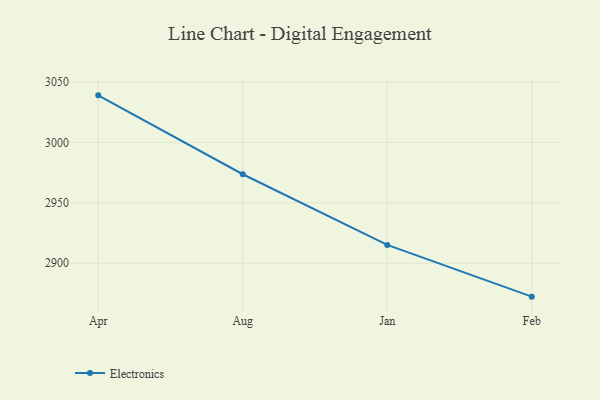
{"axis": {"x": "Month", "y": "Satisfaction Score"}, "legend": ["Electronics"], "data": [{"x": "Apr", "y": 3038.9, "type": "Electronics"}, {"x": "Aug", "y": 2973.6, "type": "Electronics"}, {"x": "Jan", "y": 2915.1, "type": "Electronics"}, {"x": "Feb", "y": 2872.3, "type": "Electronics"}]}